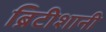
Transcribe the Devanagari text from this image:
ब्रिटीशानी